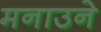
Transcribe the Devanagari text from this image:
मनाउने